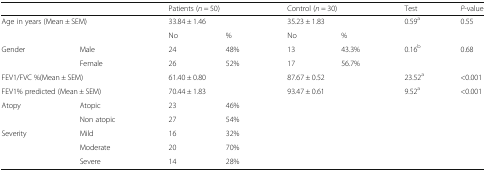
<table><thead><tr><td colspan="2"></td><td colspan="2"><b>Patients (<i>n</i> = 50)</b></td><td colspan="2"><b>Control (<i>n</i> = 30)</b></td><td><b>Test</b></td><td><b><i>P</i>-value</b></td></tr></thead><tbody><tr><td colspan="2">Age in years (Mean ± SEM)</td><td colspan="2">33.84 ± 1.46</td><td colspan="2">35.23 ± 1.83</td><td>0.59<sup>a</sup></td><td>0.55</td></tr><tr><td colspan="2"></td><td>No</td><td>%</td><td>No</td><td>%</td><td colspan="2"></td></tr><tr><td rowspan="2">Gender</td><td>Male</td><td>24</td><td>48%</td><td>13</td><td>43.3%</td><td rowspan="2">0.16<sup>b</sup></td><td rowspan="2">0.68</td></tr><tr><td>Female</td><td>26</td><td>52%</td><td>17</td><td>56.7%</td></tr><tr><td colspan="2">FEV1/FVC %(Mean ± SEM)</td><td colspan="2">61.40 ± 0.80</td><td colspan="2">87.67 ± 0.52</td><td>23.52<sup>a</sup></td><td>&lt;0.001</td></tr><tr><td colspan="2">FEV1% predicted (Mean ± SEM)</td><td colspan="2">70.44 ± 1.83</td><td colspan="2">93.47 ± 0.61</td><td>9.52<sup>a</sup></td><td>&lt;0.001</td></tr><tr><td rowspan="2">Atopy</td><td>Atopic</td><td>23</td><td>46%</td><td rowspan="2" colspan="4"></td></tr><tr><td>Non atopic</td><td>27</td><td>54%</td></tr><tr><td rowspan="3">Severity</td><td>Mild</td><td>16</td><td>32%</td><td rowspan="3" colspan="4"></td></tr><tr><td>Moderate</td><td>20</td><td>70%</td></tr><tr><td>Severe</td><td>14</td><td>28%</td></tr></tbody></table>